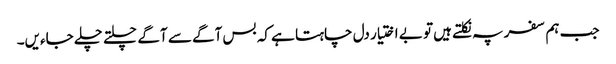
جب ہم سفر پہ نکلتے ہیں تو بے اختیار دل چاہتا ہے کہ بس آگے سے آگے چلتے چلے جاءیں۔